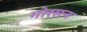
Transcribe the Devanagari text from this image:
गोरसन